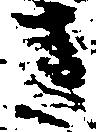
さ